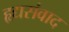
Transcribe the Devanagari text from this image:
हृद्यसंवाद